Annual vaccination report of Bihar and Orissa - 1911-1928
Year: 1911
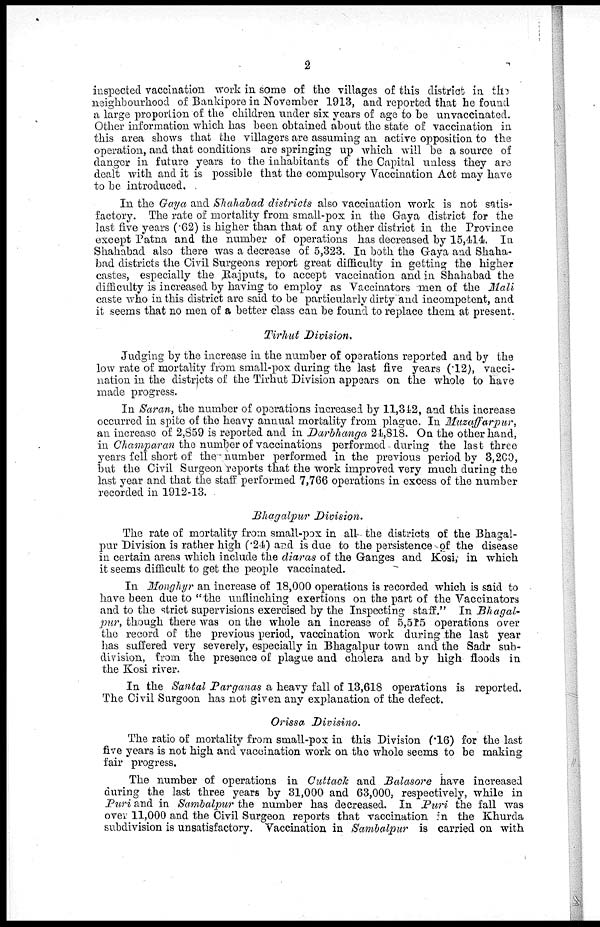
2
inspected vaccination work in some of the villages of this district in the
neighbourhood of Bankipore in November 1913, and reported that he found
a large proportion of the children under six years of age to be unvaccinated.
Other information which has been obtained about the state of vaccination in
this area shows that the villagers are assuming an active opposition to the
operation, and that conditions are springing up which will be a source of
danger in future years to the inhabitants of the Capital unless they are
dealt with and it is possible that the compulsory Vaccination Act may have
to be introduced.
In the Gaya and Shahabad districts also vaccination work is not satis-
factory. The rate of mortality from small-pox in the Gaya district for the
last five years (.62) is higher than that of any other district in the Province
except Patna and the number of operations has decreased by 15,414. In
Shahabad also there was a decrease of 5,323. In both the Gaya and Shaha-
bad districts the Civil Surgeons report great difficulty in getting the higher
castes, especially the Rajputs, to accept vaccination and in Shahabad the
difficulty is increased by having to employ as Vaccinators men of the Mali
caste who in this district are said to be particularly dirty and incompetent, and
it seems that no men of a better class can be found to replace them at present.
Tirhut Division.
Judging by the increase in the number of operations reported and by the
low rate of mortality from small-pox during the last five years (.12), vacci-
nation in the districts of the Tirhut Division appears on the whole to have
made progress.
In Saran, the number of operations increased by 11,342, and this increase
occurred in spite of the heavy annual mortality from plague. In Muzaffarpur,
an increase of 2,859 is reported and in Darbhanga 24,818. On the other hand,
in Champaran the number of vaccinations performed during the last three
years fell short of the number performed in the previous period by 3,200,
but the Civil Surgeon reports that the work improved very much during the
last year and that the staff performed 7,766 operations in excess of the number
recorded in 1912-13.
Bhagalpur Division.
The rate of mortality from small-pox in all the districts of the Bhagal-
pur Division is rather high (.24) and is due to the persistence of the disease
in certain areas which include the diaras of the Ganges and Kosi, in which
it seems difficult to get the people vaccinated.
In Monghyr an increase of 18,000 operations is recorded which is said to
have been due to "the unflinching exertions on the part of the Vaccinators
and to the strict supervisions exercised by the Inspecting staff." In Bhagal-
pur, though there was on the whole an increase of 5,515 operations over
the record of the previous period, vaccination work during the last year
has suffered very severely, especially in Bhagalpur town and the Sadr sub-
division, from the presence of plague and cholera and by high floods in
the Kosi river.
In the Santal Parganas a heavy fall of 13,618 operations is reported.
The Civil Surgoon has not given any explanation of the defect.
Orissa Divisino.
The ratio of mortality from small-pox in this Division (.16) for the last
five years is not high and vaccination work on the whole seems to be making
fair progress.
The number of operations in Cuttack and Balasore have increased
during the last three years by 31,000 and 63,000, respectively, while in
Puri and in Sambalpur the number has decreased. In Puri the fall was
over 11,000 and the Civil Surgeon reports that vaccination in the Khurda
subdivision is unsatisfactory. Vaccination in Sambalpur is carried on with